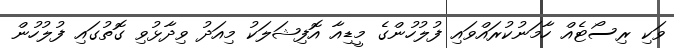
ވަކި ރިސޯޓެއް ހާމަނުކުރައްވައި ފުލުހުންގެ މީޑިއާ އޮފިޝަލަކު މިއަދު ވިދާޅުވި ގޮތުގައި ފުލުހުން